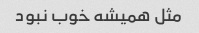
مثل همیشه خوب نبود